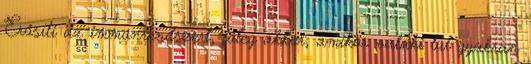
Erősíti az immunrendszert, főleg akkor, amikor valaki túl gyakran